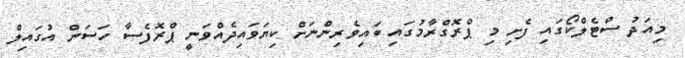
މިއަދު ސްޓެލްކޯގައި ފެށި މި ޕްރޮގްރާމުގައި ބައިވެރިންނަށް ކިޔަވައިދެއްވަނީ ޕްރޮފެސާ ހަސަން އުގައިލް